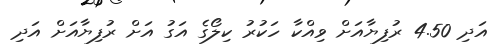
އަދި 4.50 ރުފިޔާއަށް ވިއްކާ ހަކުރު ކިލޯގެ އަގު އަށް ރުފިޔާއަށް އަދި